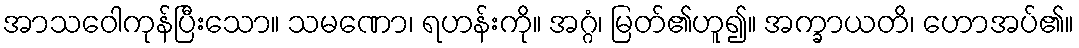
အာသဝေါကုန်ပြီးသော။ သမဏော၊ ရဟန်းကို။ အဂ္ဂံ၊ မြတ်၏ဟူ၍။ အက္ခာယတိ၊ ဟောအပ်၏။